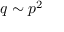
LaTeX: q \sim p ^ { 2 }